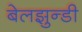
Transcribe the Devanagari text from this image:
बेलझुन्डी